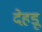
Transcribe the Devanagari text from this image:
देहडू